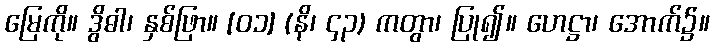
မြေကို။ ဒွိဓါ၊ နှစ်ဖြာ။ [၀၁] (နိ၊ ၄၃) ကတွာ၊ ပြု၍။ ဟေဋ္ဌာ၊ အောက်၌။